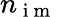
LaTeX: n_{\mathrm{~i~m~}}